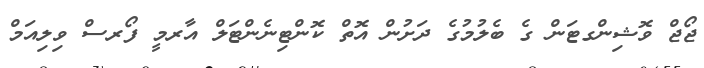
ޖޯޖް ވޮޝިންގޓަން ގެ ބެލުމުގެ ދަށުން އޮތް ކޮންޓިނެންޓަލް އާރމީ ފޯރސް ވިލިއަމް